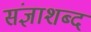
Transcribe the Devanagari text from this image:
संज्ञाशब्द